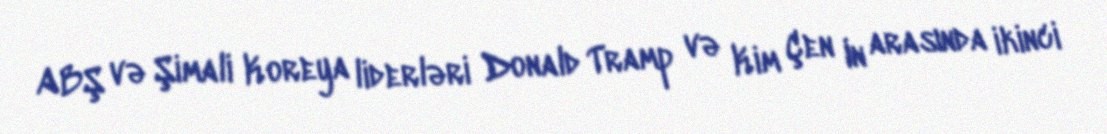
ABŞ və Şimali Koreya liderləri Donald Tramp və Kim Çen In arasında ikinci